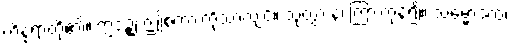
ကိန္နရာတို့၏။ ဣဒဉ္စ၊ ဤစကားကိုသာလျင်။ သုတွာ န၊ ကြားကုန်၍။ သမ္မောဒထ၊